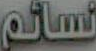
نسائم